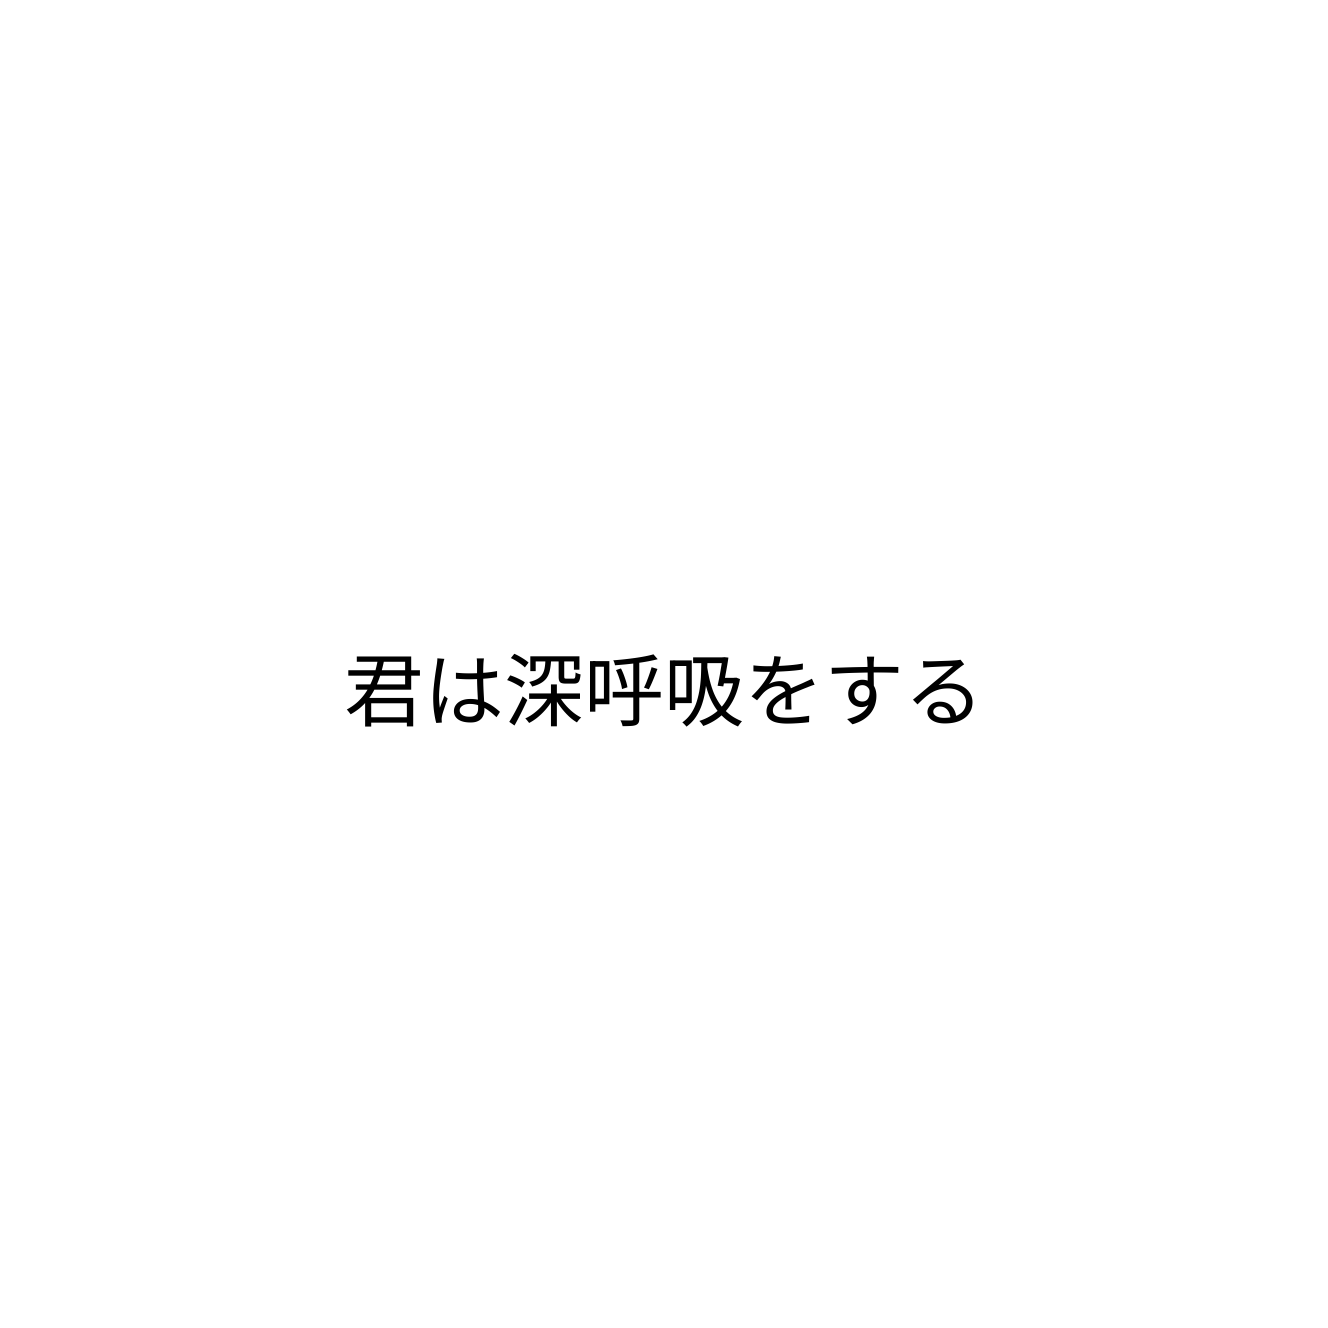
君は深呼吸をする